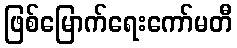
ဖြစ်မြောက်ရေးကော်မတီ